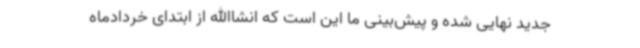
جدید نهایی شده و پیش‌بینی ما این است که انشاالله از ابتدای خردادماه